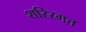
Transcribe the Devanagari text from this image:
शरिरगत